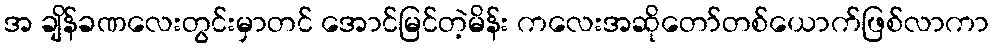
အ ချိန်ခဏလေးတွင်းမှာတင် အောင်မြင်တဲ့မိန်း ကလေးအဆိုတော်တစ်ယောက်ဖြစ်လာကာ